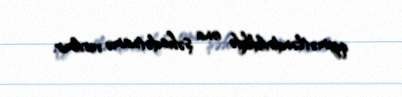
qiymətləndirildikdə ona şəhadətnamə verilmir.